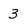
Character: 3